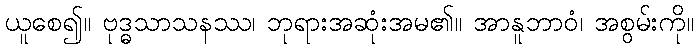
ယူစေ၍။ ဗုဒ္ဓသာသနဿ၊ ဘုရားအဆုံးအမ၏။ အာနူဘာဝံ၊ အစွမ်းကို။